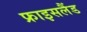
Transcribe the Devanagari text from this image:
फ्राइसलैंड